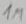
Text: 1M